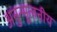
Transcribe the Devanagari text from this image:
अनुन्मूलनीय